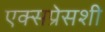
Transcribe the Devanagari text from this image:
एक्सप्रेसशी